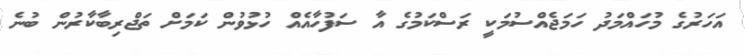
އަހަރުގެ މުހައްމަދު ހަމަޖެއްސުމަކީ ރަސްކަމުގެ އާ ސަފުހާއެއް ހުޅުވުން ކަމަށް ތަޖްރިބާކާރުން ބުނެ